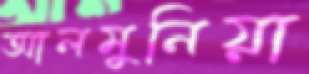
আলমুনিয়া